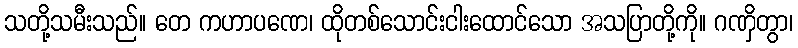
သတို့သမီးသည်။ တေ ကဟာပဏေ၊ ထိုတစ်သောင်းငါးထောင်သော အသပြာတို့ကို။ ဂဏှိတွာ၊